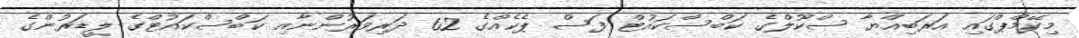
މިކޭމްޕްގައި އަރަބިއްޔާ ސްކޫލްގެ ކަބްސްކައުޓް ފަސް ޕެކެއްގެ 62 ދަރިވަރުންނާއި ކަބްސްކައުޓްގެ ލީޑަރުންގެ